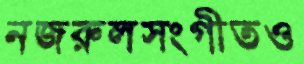
নজরুলসংগীতও